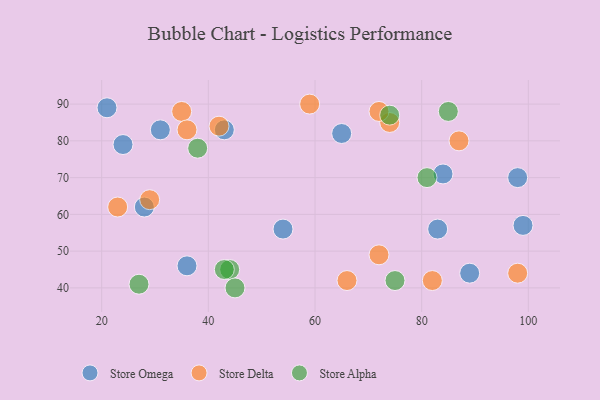
{"axis": {"x": "GDP", "y": "Life Expectancy"}, "legend": ["Store Alpha", "Store Delta", "Store Omega"], "data": [{"x": "54", "y": 56, "type": "Store Omega"}, {"x": "21", "y": 89, "type": "Store Omega"}, {"x": "84", "y": 71, "type": "Store Omega"}, {"x": "89", "y": 44, "type": "Store Omega"}, {"x": "83", "y": 56, "type": "Store Omega"}, {"x": "24", "y": 79, "type": "Store Omega"}, {"x": "36", "y": 46, "type": "Store Omega"}, {"x": "43", "y": 83, "type": "Store Omega"}, {"x": "98", "y": 70, "type": "Store Omega"}, {"x": "31", "y": 83, "type": "Store Omega"}, {"x": "99", "y": 57, "type": "Store Omega"}, {"x": "65", "y": 82, "type": "Store Omega"}, {"x": "28", "y": 62, "type": "Store Omega"}, {"x": "29", "y": 64, "type": "Store Delta"}, {"x": "35", "y": 88, "type": "Store Delta"}, {"x": "66", "y": 42, "type": "Store Delta"}, {"x": "82", "y": 42, "type": "Store Delta"}, {"x": "42", "y": 84, "type": "Store Delta"}, {"x": "59", "y": 90, "type": "Store Delta"}, {"x": "23", "y": 62, "type": "Store Delta"}, {"x": "74", "y": 85, "type": "Store Delta"}, {"x": "36", "y": 83, "type": "Store Delta"}, {"x": "98", "y": 44, "type": "Store Delta"}, {"x": "72", "y": 49, "type": "Store Delta"}, {"x": "72", "y": 88, "type": "Store Delta"}, {"x": "87", "y": 80, "type": "Store Delta"}, {"x": "38", "y": 78, "type": "Store Alpha"}, {"x": "81", "y": 70, "type": "Store Alpha"}, {"x": "74", "y": 87, "type": "Store Alpha"}, {"x": "44", "y": 45, "type": "Store Alpha"}, {"x": "43", "y": 45, "type": "Store Alpha"}, {"x": "75", "y": 42, "type": "Store Alpha"}, {"x": "45", "y": 40, "type": "Store Alpha"}, {"x": "27", "y": 41, "type": "Store Alpha"}, {"x": "85", "y": 88, "type": "Store Alpha"}]}